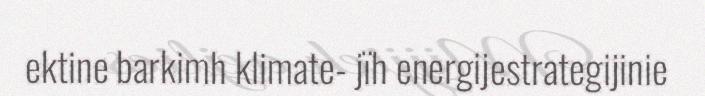
ektine barkimh klimate- jïh energijestrategijinie